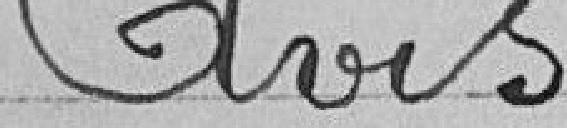
Avis